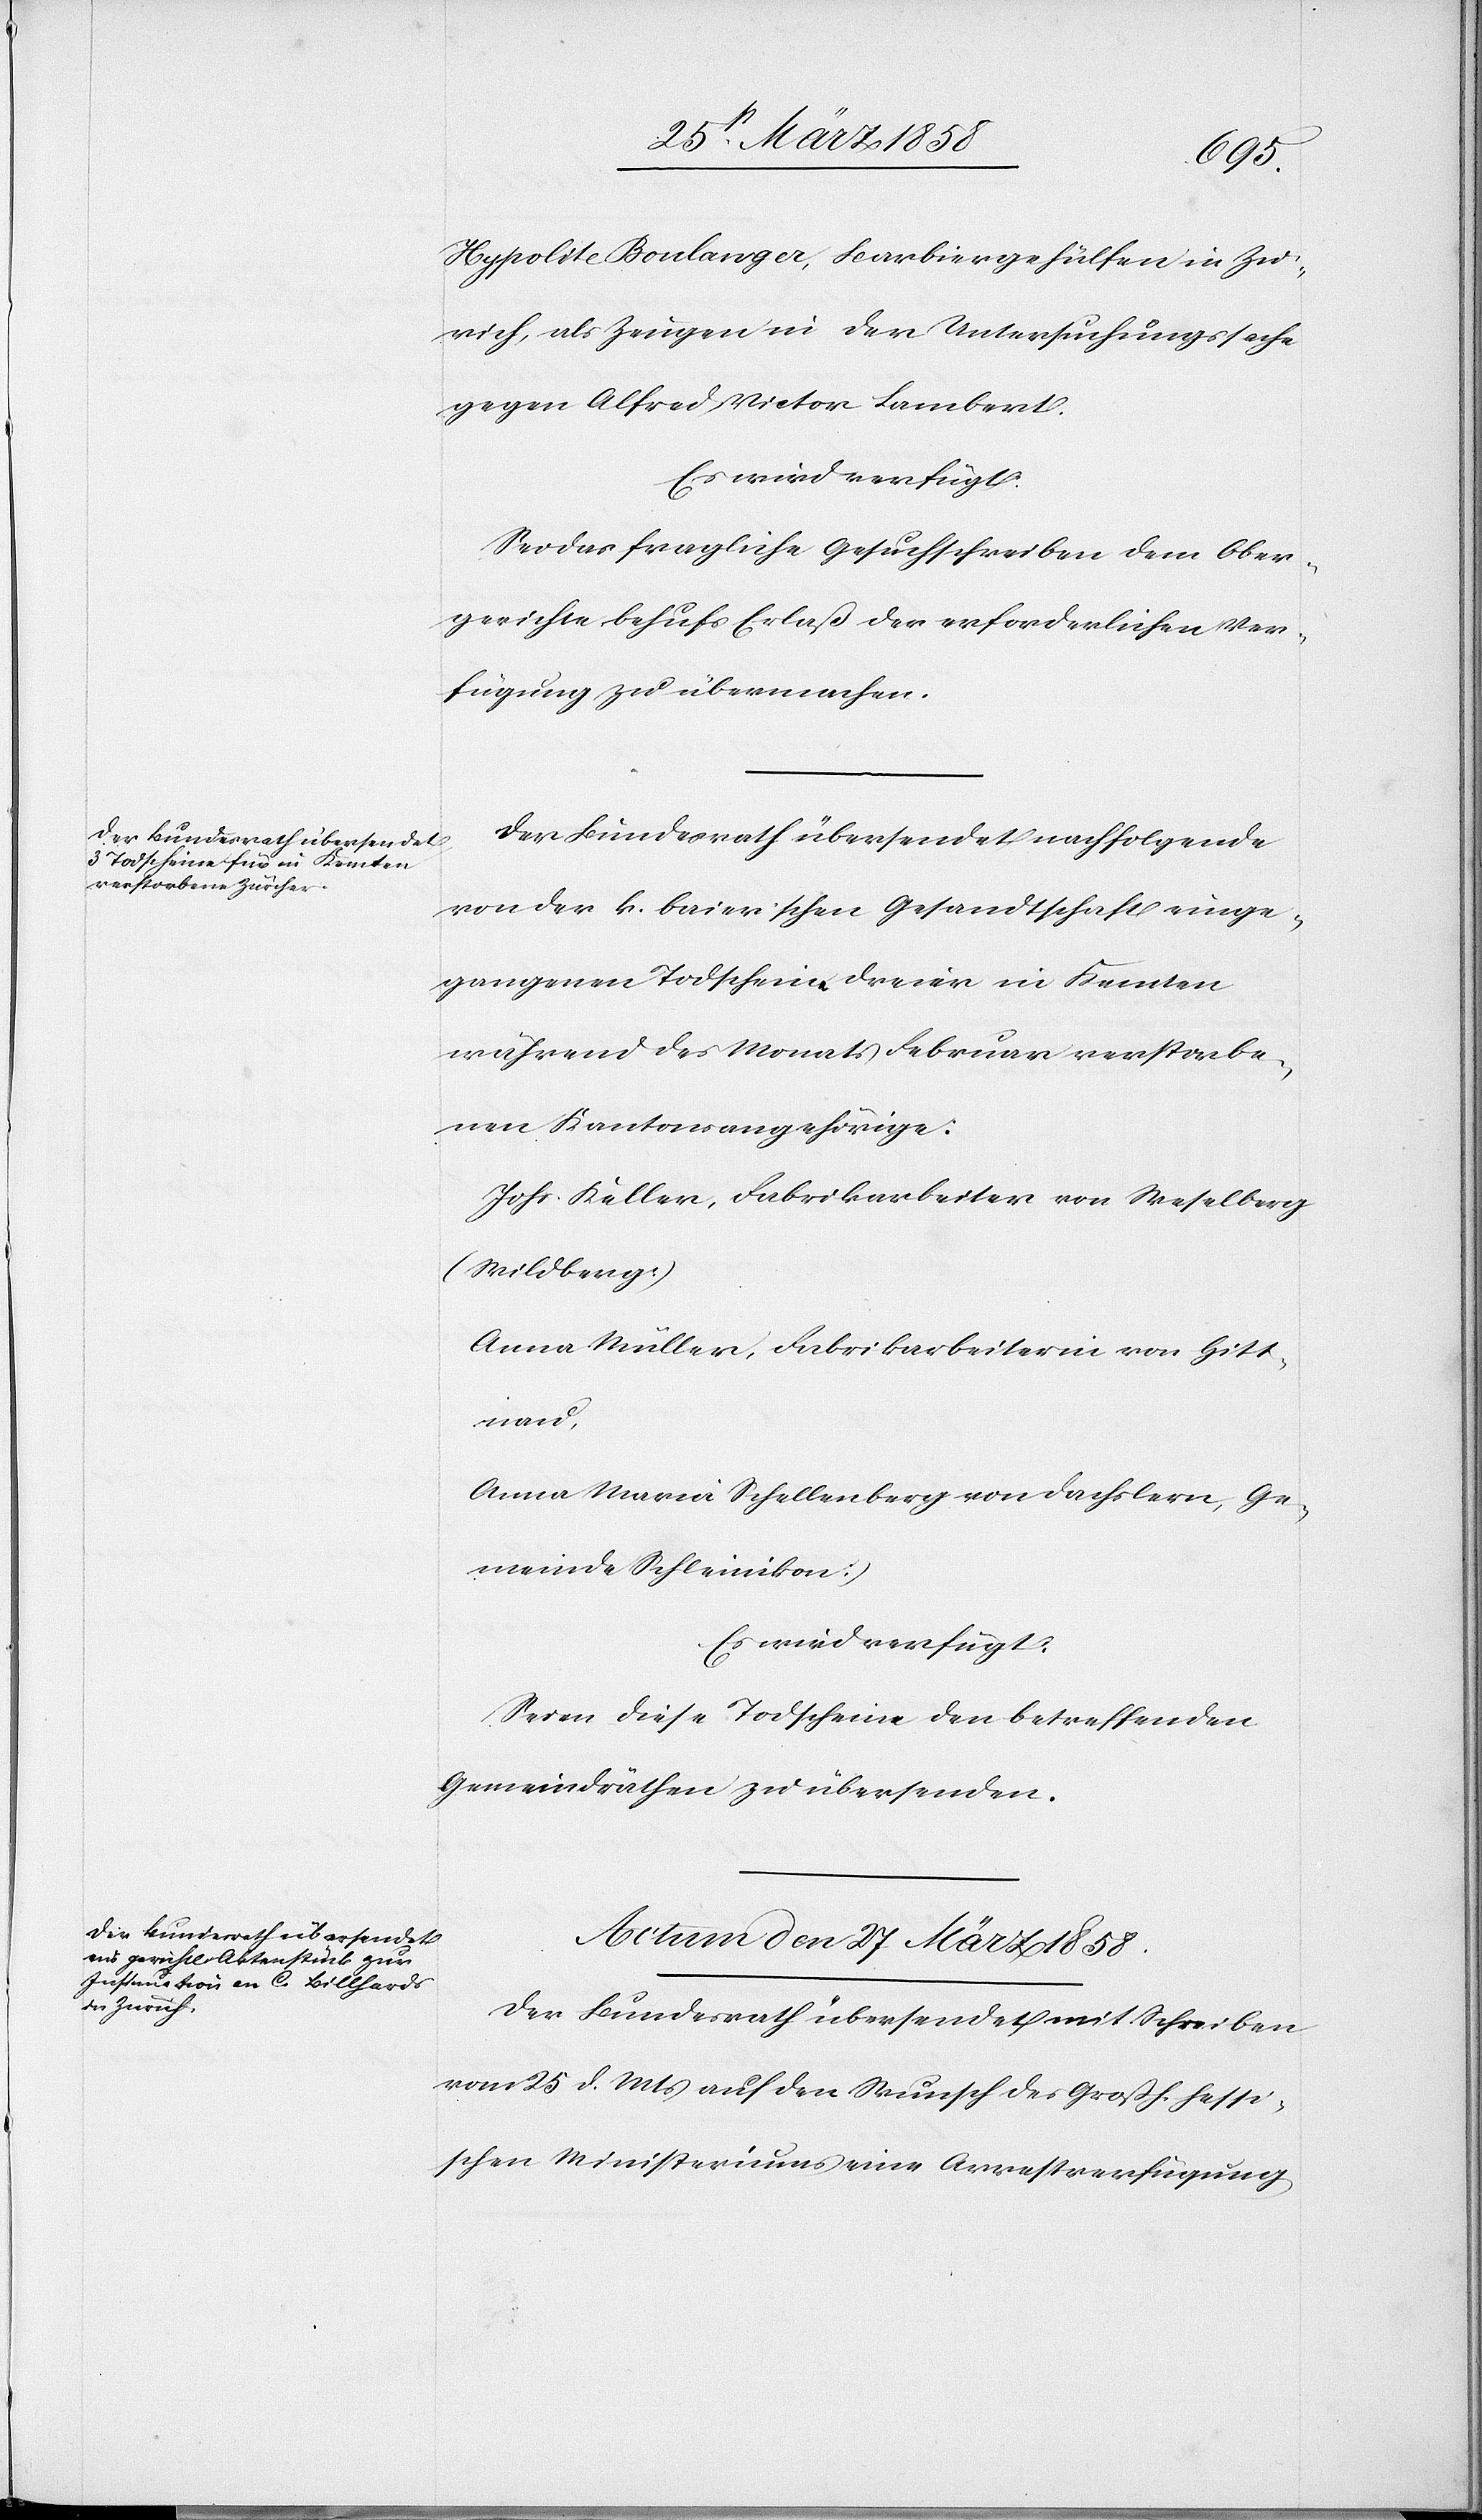
Hypolite Bonlanger, Barbiergehülfen in Zü¬
rich, als Zeugen in der Untersuchungssache
gegen Alfred Victor Lambert.
Es wird verfügt:
Sei das fragliche Gesuchschreiben dem Ober¬
gerichte behufs Erlaß der erforderlichen Ver¬
fügung zu übermachen.
Der Bundesrath übersendet nachfolgende
von der k. baierschen Gesandtschaft einge¬
gangenen Todscheine dreier in Kemten
während des Monats Februar verstorbe¬
nen Kantonsangehörige:
Johs. Keller, Fabrikarbeiter von Weselberg
[Wildberg],
Anna Müller, Fabrikarbeiterin von Hitt¬
nau,
Anna Maria Schellenberg von Dachslern, [Ge¬
meinde Schleinikon].
Es wird verfügt:
Seien diese Todscheine den betreffenden
Gemeindräthen zu übersenden.
Actum den 27. März 1858.
Der Bundesrath übersendet mit Schreiben
vom 25. d. Mts. auf den Wunsch des Großh. hessi¬
schen Ministeriums eine Arrestverfügung